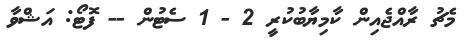
މެޗު ރާއްޖެއިން ކާމިޔާބުކުރީ 2 - 1 ސެޓުން -- ފޮޓޯ: އަޝްވާ